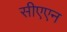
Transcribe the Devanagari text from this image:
सीएएन